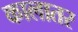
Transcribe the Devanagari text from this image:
कालातर